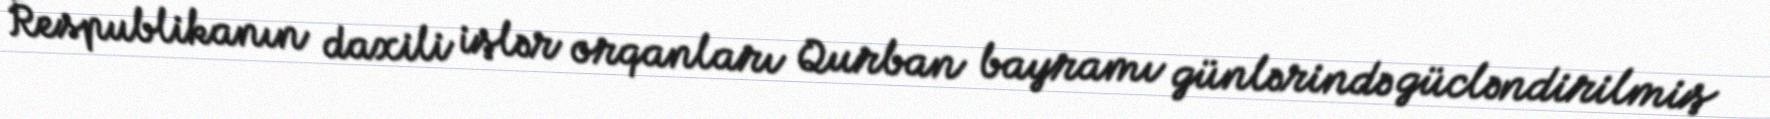
Respublikanın daxili işlər orqanları Qurban bayramı günlərində gücləndirilmiş